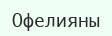
Офелияны